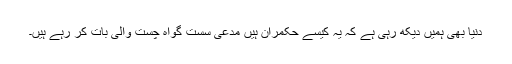
دنیا بھی ہمیں دیکھ رہی ہے کہ یہ کیسے حکمران ہیں مدعی سست گواہ چست والی بات کر رہے ہیں۔